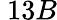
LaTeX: \ 13B